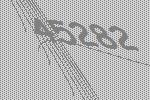
45282